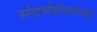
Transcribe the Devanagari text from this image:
संदर्भग्रंथालय